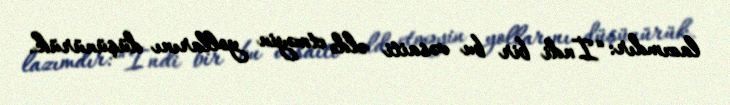
lazımdır: “İndi bir bu vəsaiti əldə etməyin yollarını düşünürük.